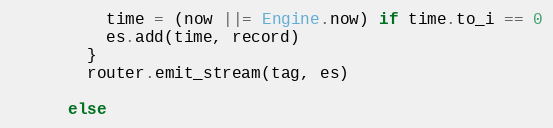
Language: Ruby
          time = (now ||= Engine.now) if time.to_i == 0
          es.add(time, record)
        }
        router.emit_stream(tag, es)

      else